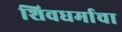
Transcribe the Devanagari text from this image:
शिवधर्माचा